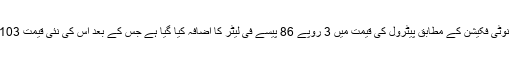
خزانہ ڈویژن سے جاری نوٹی فکیشن کے مطابق پیٹرول کی قیمت میں 3 روپے 86 پیسے فی لیٹر کا اضافہ کیا گیا ہے جس کے بعد اس کی نئی قیمت 103 روپے 97 پیسے ہوگی۔